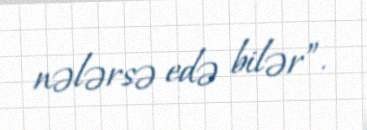
nələrsə edə bilər”.